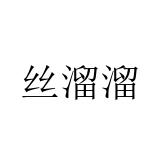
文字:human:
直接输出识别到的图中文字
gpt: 丝溜溜